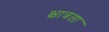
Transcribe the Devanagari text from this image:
क्षात्रता